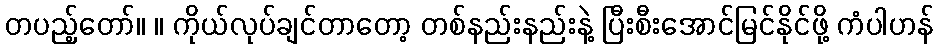
တပည့်တော်။ ။ ကိုယ်လုပ်ချင်တာတော့ တစ်နည်းနည်းနဲ့ ပြီးစီးအောင်မြင်နိုင်ဖို့ ကံပါဟန်